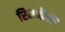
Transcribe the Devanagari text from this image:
रिमार्केबल